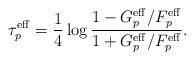
LaTeX: \begin{align*}\tau^\mathrm{eff}_p=\frac{1}{4}\log \frac{1-G_p^\mathrm{eff}/F_p^\mathrm{eff}}{1+G_p^\mathrm{eff}/F_p^\mathrm{eff}}.\end{align*}